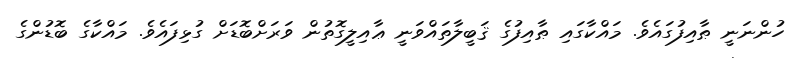
ހުންނަނީ ޠާއިފުގައެވެ. މައްކާގައި ޠާއިފުގެ ޤަބީލާތައްވަނީ ޢާއިލީގޮތުން ވަރަށްބޮޑަށް ގުޅިފައެވެ. މައްކާގެ ބޮޑުންގެ